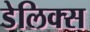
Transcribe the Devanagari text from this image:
डेलिक्स